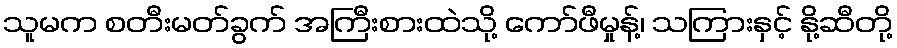
သူမက စတီးမတ်ခွက် အကြီးစားထဲသို့ ကော်ဖီမှုန့်၊ သကြားနှင့် နို့ဆီတို့